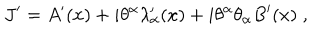
J ^ { \prime } = A ^ { \prime } ( x ) + i \theta ^ { \alpha } \lambda _ { \alpha } ^ { \prime } ( x ) + i \theta ^ { \alpha } \theta _ { \alpha } B ^ { \prime } ( x ) \; ,